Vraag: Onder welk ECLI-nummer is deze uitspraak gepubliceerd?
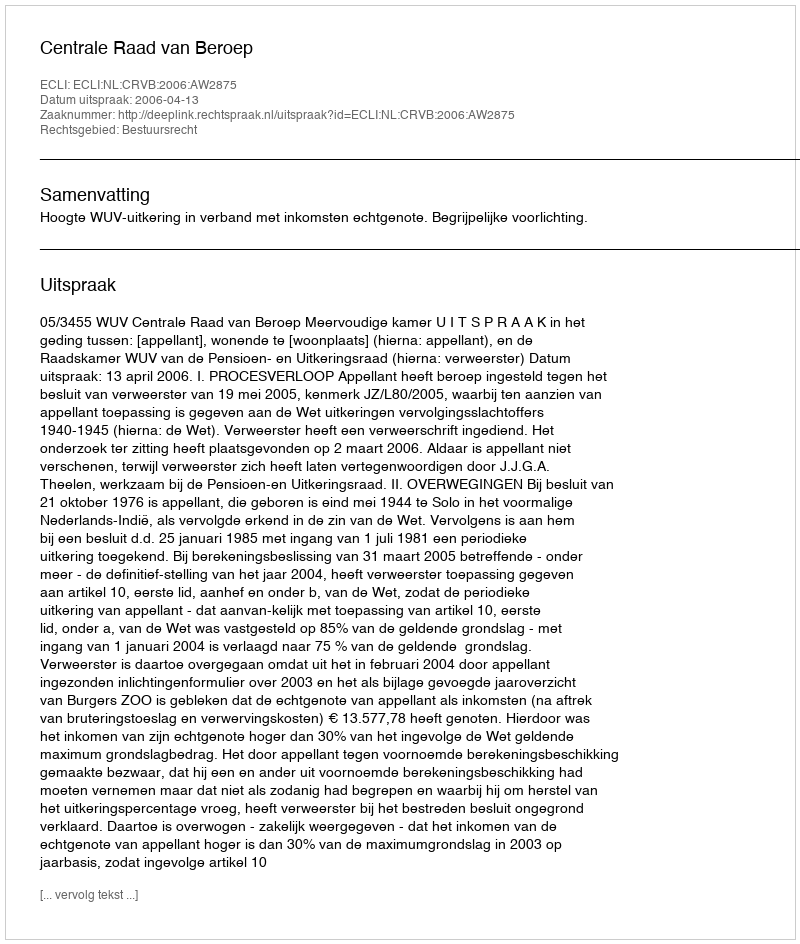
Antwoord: ECLI:NL:CRVB:2006:AW2875